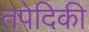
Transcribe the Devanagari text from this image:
तपेदिकी